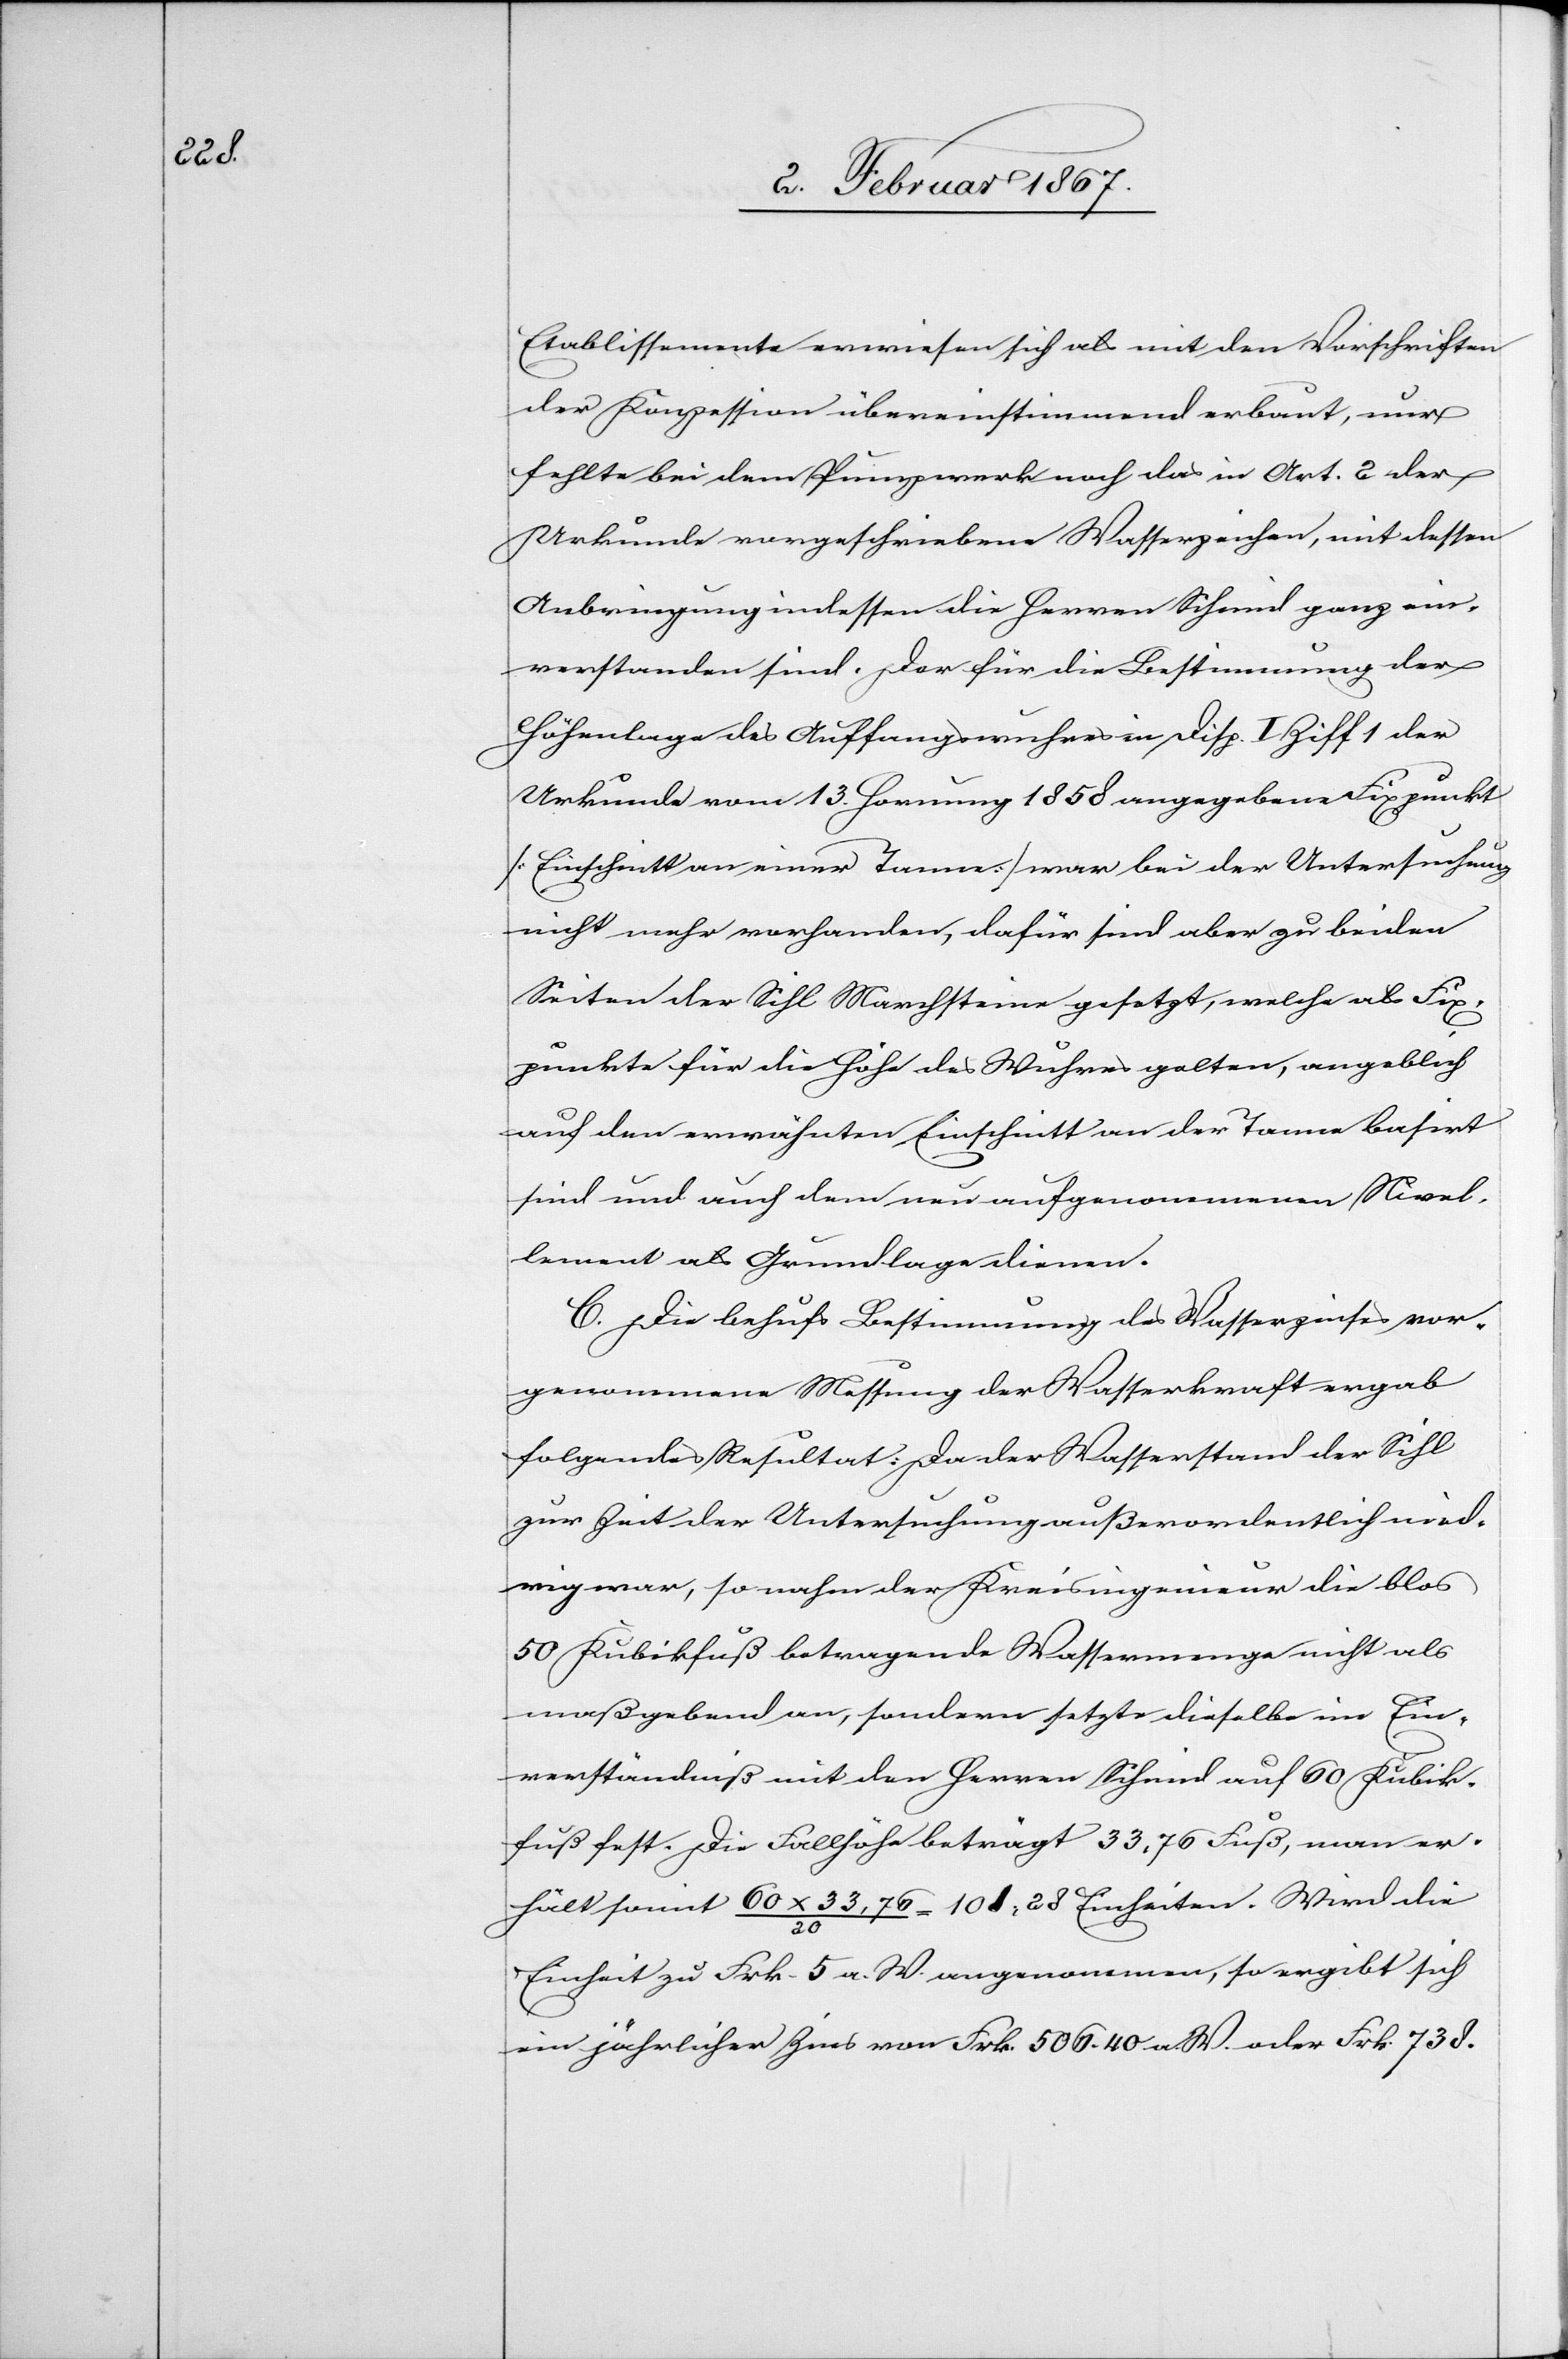
Etablissemente erwiesen sich als mit den Vorschriften
der Konzession übereinstimmend erbaut, nur
fehlte bei dem Pumpwerk noch das in Art. 2 der
Urkunde vorgeschriebene Wasserzeichen, mit dessen
Anbringung indessen die Herren Schmid ganz ein¬
verstanden sind. Der für die Bestimmung der
Höhenlage des Auffangswuhres in Disp. I Ziff 1 der
Urkunde vom 13. Hornung 1858 angegebene Fixpunkt
[Einschnitt an einer Tanne] war bei der Untersuchung
nicht mehr vorhanden, dafür sind aber zu beiden
Seiten der Sihl Marchsteine gesetzt, welche als Fix¬
punkte für die Höhe des Wuhres gelten, angeblich
auf den erwähnten Einschnitt an der Tanne basirt
sind und auch dem neu aufgenommenen Nivel¬
lement als Grundlage dienen.
C. Die behufs Bestimmung des Wasserzinses vor¬
genommene Messung der Wasserkraft ergab
folgendes Resultat: Da der Wasserstand der Sihl
zur Zeit der Untersuchung außerordentlich nied¬
rig war, so nahm der Kreisingenieur die blos
50 Kubikfuß betragende Wassermenge nicht als
maßgebend an, sondern setzte dieselbe im Ein¬
verständniß mit den Herren Schmid auf 60 Kubik¬
fuß fest. Die Fallhöhe beträgt 33.76 Fuß, man er¬
hält somit 60x33,76/20 = 101,28 Einheiten. Wird die
Einheit zu Frk. 5 a. W. angenommen, so ergibt sich
ein jährlicher Zins von Frk. 506. 40 a. W. oder Frk. 738.